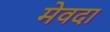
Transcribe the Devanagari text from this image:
मेवदा